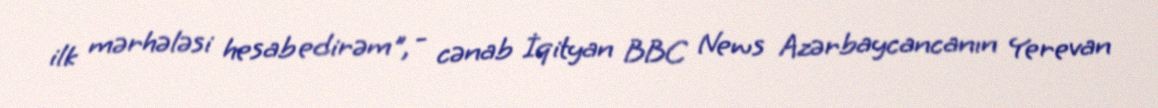
ilk mərhələsi hesab edirəm", - cənab İqityan BBC News Azərbaycancanın Yerevan